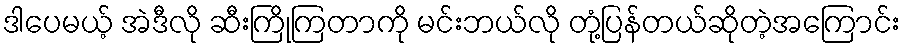
ဒါပေမယ့် အဲဒီလို ဆီးကြိုကြတာကို မင်းဘယ်လို တုံ့ပြန်တယ်ဆိုတဲ့အကြောင်း